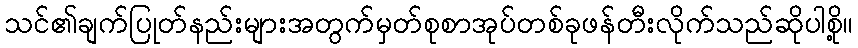
သင်၏ချက်ပြုတ်နည်းများအတွက်မှတ်စုစာအုပ်တစ်ခုဖန်တီးလိုက်သည်ဆိုပါစို့။